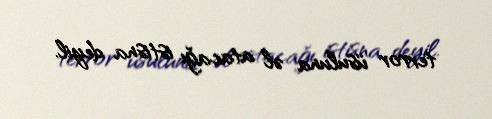
terror üsuluna əl atacağı istisna deyil.